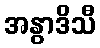
အနွာဒိသီ